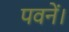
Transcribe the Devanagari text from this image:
पवनें।